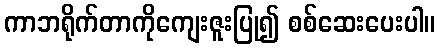
ကာဘရိုက်တာကိုကျေးဇူးပြု၍ စစ်ဆေးပေးပါ။